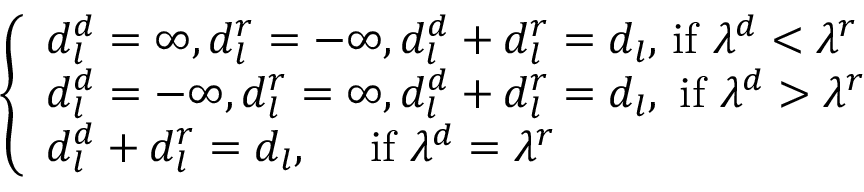
\begin{array} { r } { \! \! \! \! \left\{ \begin{array} { l } { d _ { l } ^ { d } = \infty , d _ { l } ^ { r } = - \infty , d _ { l } ^ { d } + d _ { l } ^ { r } = d _ { l } , \! \mathrm { ~ i f ~ } \lambda ^ { d } < \lambda ^ { r } } \\ { d _ { l } ^ { d } = - \infty , d _ { l } ^ { r } = \infty , d _ { l } ^ { d } + d _ { l } ^ { r } = d _ { l } , \mathrm { ~ i f ~ } \lambda ^ { d } > \lambda ^ { r } } \\ { d _ { l } ^ { d } + d _ { l } ^ { r } = d _ { l } , \quad \mathrm { ~ i f ~ } \lambda ^ { d } = \lambda ^ { r } } \end{array} \right. } \end{array}